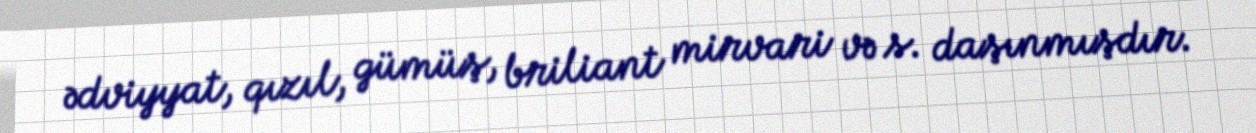
ədviyyat, qızıl, gümüş, briliant mirvari və s. daşınmışdır.